Martna_vallavalitsus, lk 16
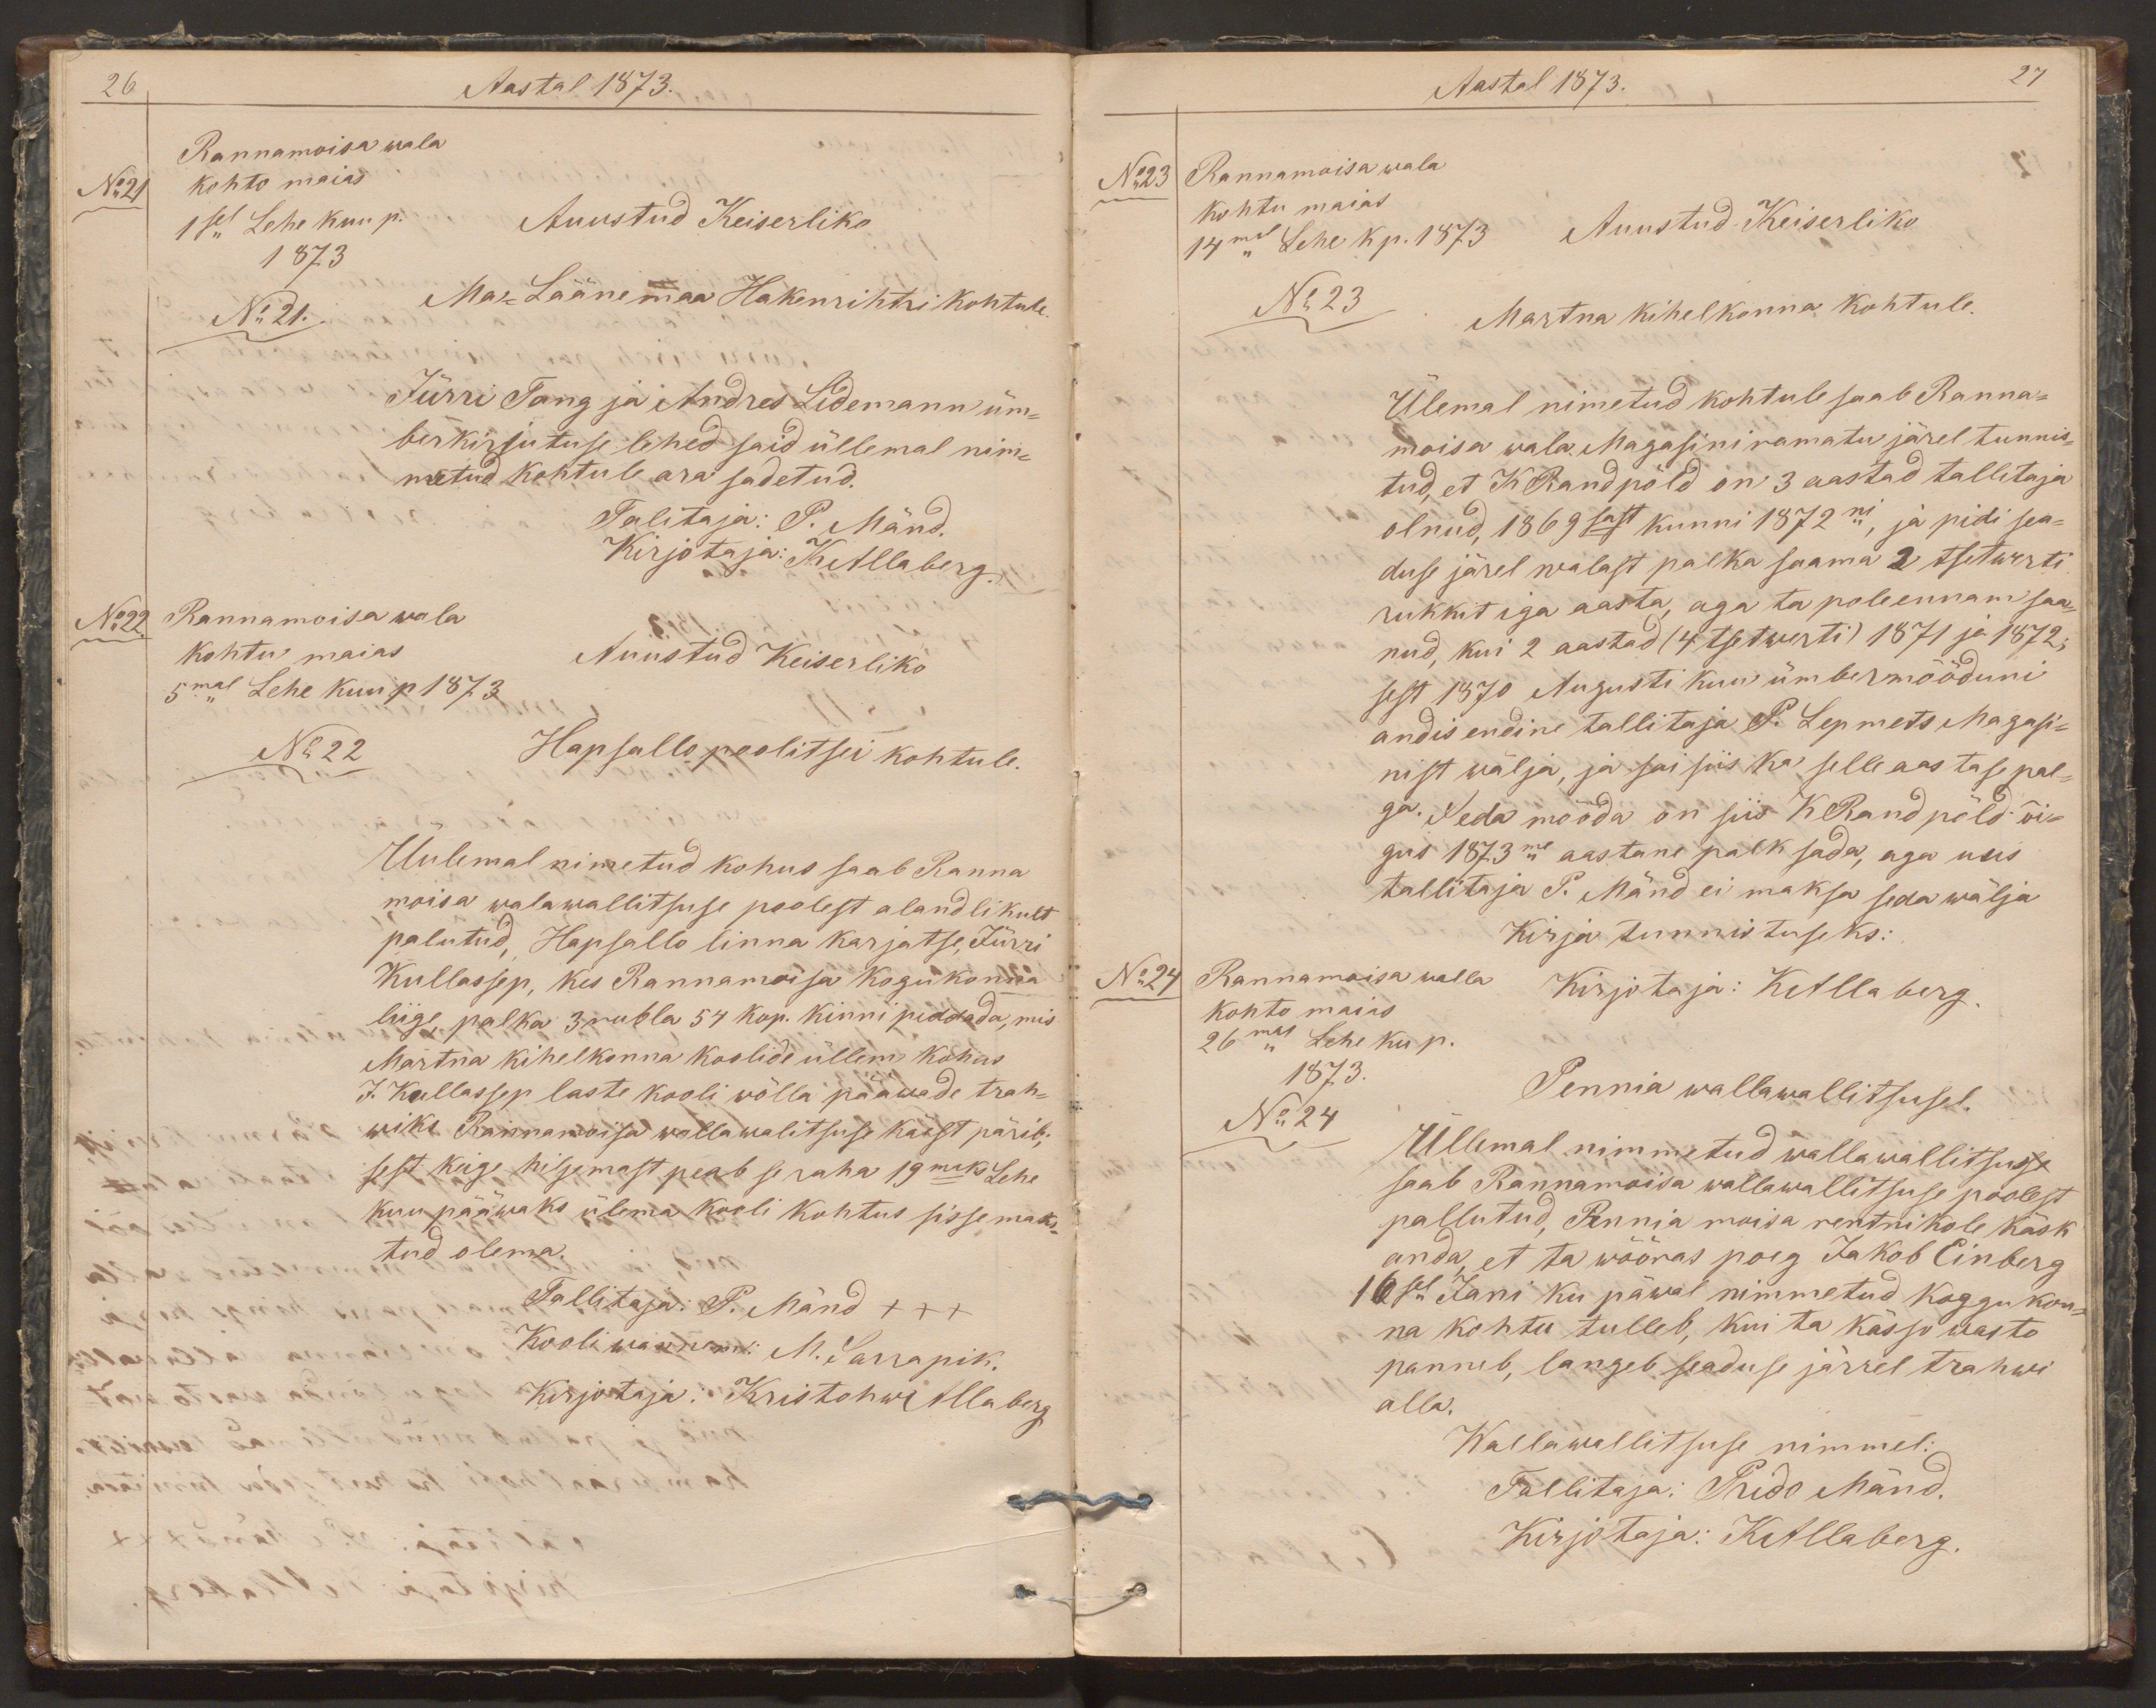
26
Aastal 1873.
Rannamoisa wala
No21
kohto maias
1sel Lehe kuu p.
Auustud Keiserliko
1873
No 21.
Ma-Läänemaa Hakenrihtri kohtule.
Jürri Tang ja Andres Lidemann üm-
berkirjutuse lehed said üllemal nim-
metud kohtule ara sadetud.
Talitaja: P. Mänd.
Kirjotaja: KAllaberg.
No22.
Rannamoisa wala
kohtu maias
Auustud Keiserliko
5mal Lehe kuu p 1873
No 22
Hapsallo poolitsei kohtule.
Üulemal nimetud kohus saab Ranna
moisa walawallitsuse poolest alandlikult
palutud, Hapsallo linna karjatse, Jürri
Kullassep, kes Rannamoisa kogukonna
liige, palka 3 rubla 54 kop. kinni piddada, mis
Martna kihelkonna koolide üllem kohus
J. Kullassep laste kooli wõlla pääwade trah-
wiks Rannamoisa wallawalitsuse käest pärib;
sest keige hiljemast peab se raha 19maks Lehe
kuu pääwaks ülema kooli kohtus sisse maks-
tud olema.
Tallitaja: P. Mänd xxx
Kooli wannem: M. Sarrapik.
Kirjotaja: Kristohw Allaberg

Aastal 1873.
27
Rannamoisa wala
No23
kohtu maias
Auustud Keiserliko
14mal Lehe kp. 1873
No 23
Martna kihelkonna kohtule.
Ülemal nimetud kohtule saab Ranna-
moisa wala Magasini ramatu järel tunnis-
tud, et K Randpõld on 3 aastad tallitaja
olnud, 1869sast kunni 1872ni, ja pidi sea-
duse järel walast palka saama 2 tsetwerti
rukkit iga aasta, aga ta pole ennam saa-
nud, kui 2 aastad (4 tsetwerti) 1871 ja 1872,
sest 1870 Augusti kuu ümbermõõduni
andis endine tallitaja P. Lepmets Magasi-
nist wälja, ja sai siis ka selle aastase pal-
ga. Seda mööda on siis K Randpõld õi-
gus 1873me aastane palk sada, aga uus
tallitaja P. Mänd ei maksa seda wälja
Kirja tunnistuseks:
No24
Rannamoisa walla
kohto maias
Kirjotaja: KAllaberg.
26mal Lehe ku p.
1873.
No 24
Pennia wallawallitsusel.
Üllemal nimmetud wallawallitsusse
saab Rannamoisa wallawallitsuse poolest
pallutud, Pennia moisa rentnikole käsk
anda, et ta wõõras poeg Jakob Einberg
16sel Jani ku päwal nimmetud koggukon-
na kohtu tulleb, kui ta kässo wasto
panneb, langeb seaduse järrel trahwi
alla.
Wallawallitsuse nimmel:
Tallitaja: Prido Mänd.
Kirjotaja: KAllaberg.